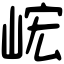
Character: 峵